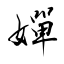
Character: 嬋